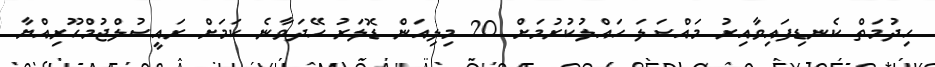
ހިދުމަތް ކެނޑިފައިވާއިރު މައްސަލަ ހައްލުކުރުމަށް 20 މިލިއަން ޑޮލަރު ހޭދަވާނެ ކަަމަށް ރައީސުލްޖުމްހޫރިއްޔާ